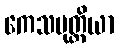
ကေသမုတ္တိယာ